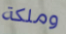
وملكة